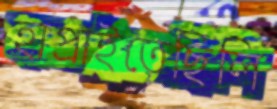
হাপ্‌রাইতেছিলি